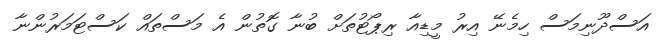
އަސްދޫނިމަސް ހިމެނޭ އިރު މީޑިއާ ރިޕޯޓުތަށް ބުނާ ގޮތުން އެ މަސްތައް ކަސްޓަމަރުންނާ